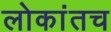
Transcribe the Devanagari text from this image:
लोकांतच